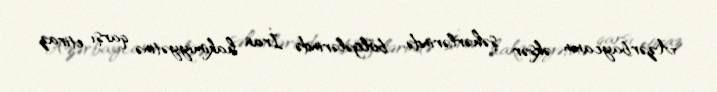
Azərbaycanın əksər şəhərlərində, bölgələrində İran hakimiyyətinə qarşı etiraz